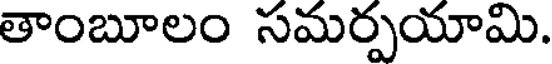
తాంబూలం సమర్పయామి.